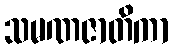
သမဏဇာတိကာ